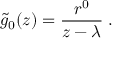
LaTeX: \tilde { g } _ { 0 } ( z ) = { \frac { r ^ { 0 } } { z - \lambda } } \; .